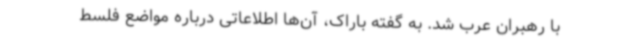
با رهبران عرب شد. به گفته باراک، آن‌ها اطلاعاتی درباره مواضع فلسط